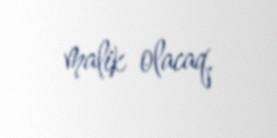
malik olacaq.